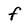
Character: f